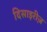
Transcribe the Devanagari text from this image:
दिसाइरीज़